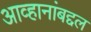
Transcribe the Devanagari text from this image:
आव्हानांबद्दल